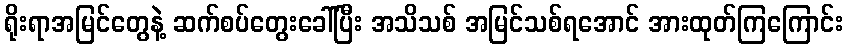
ရိုးရာအမြင်တွေနဲ့ ဆက်စပ်တွေးခေါ်ပြီး အသိသစ် အမြင်သစ်ရအောင် အားထုတ်ကြကြောင်း